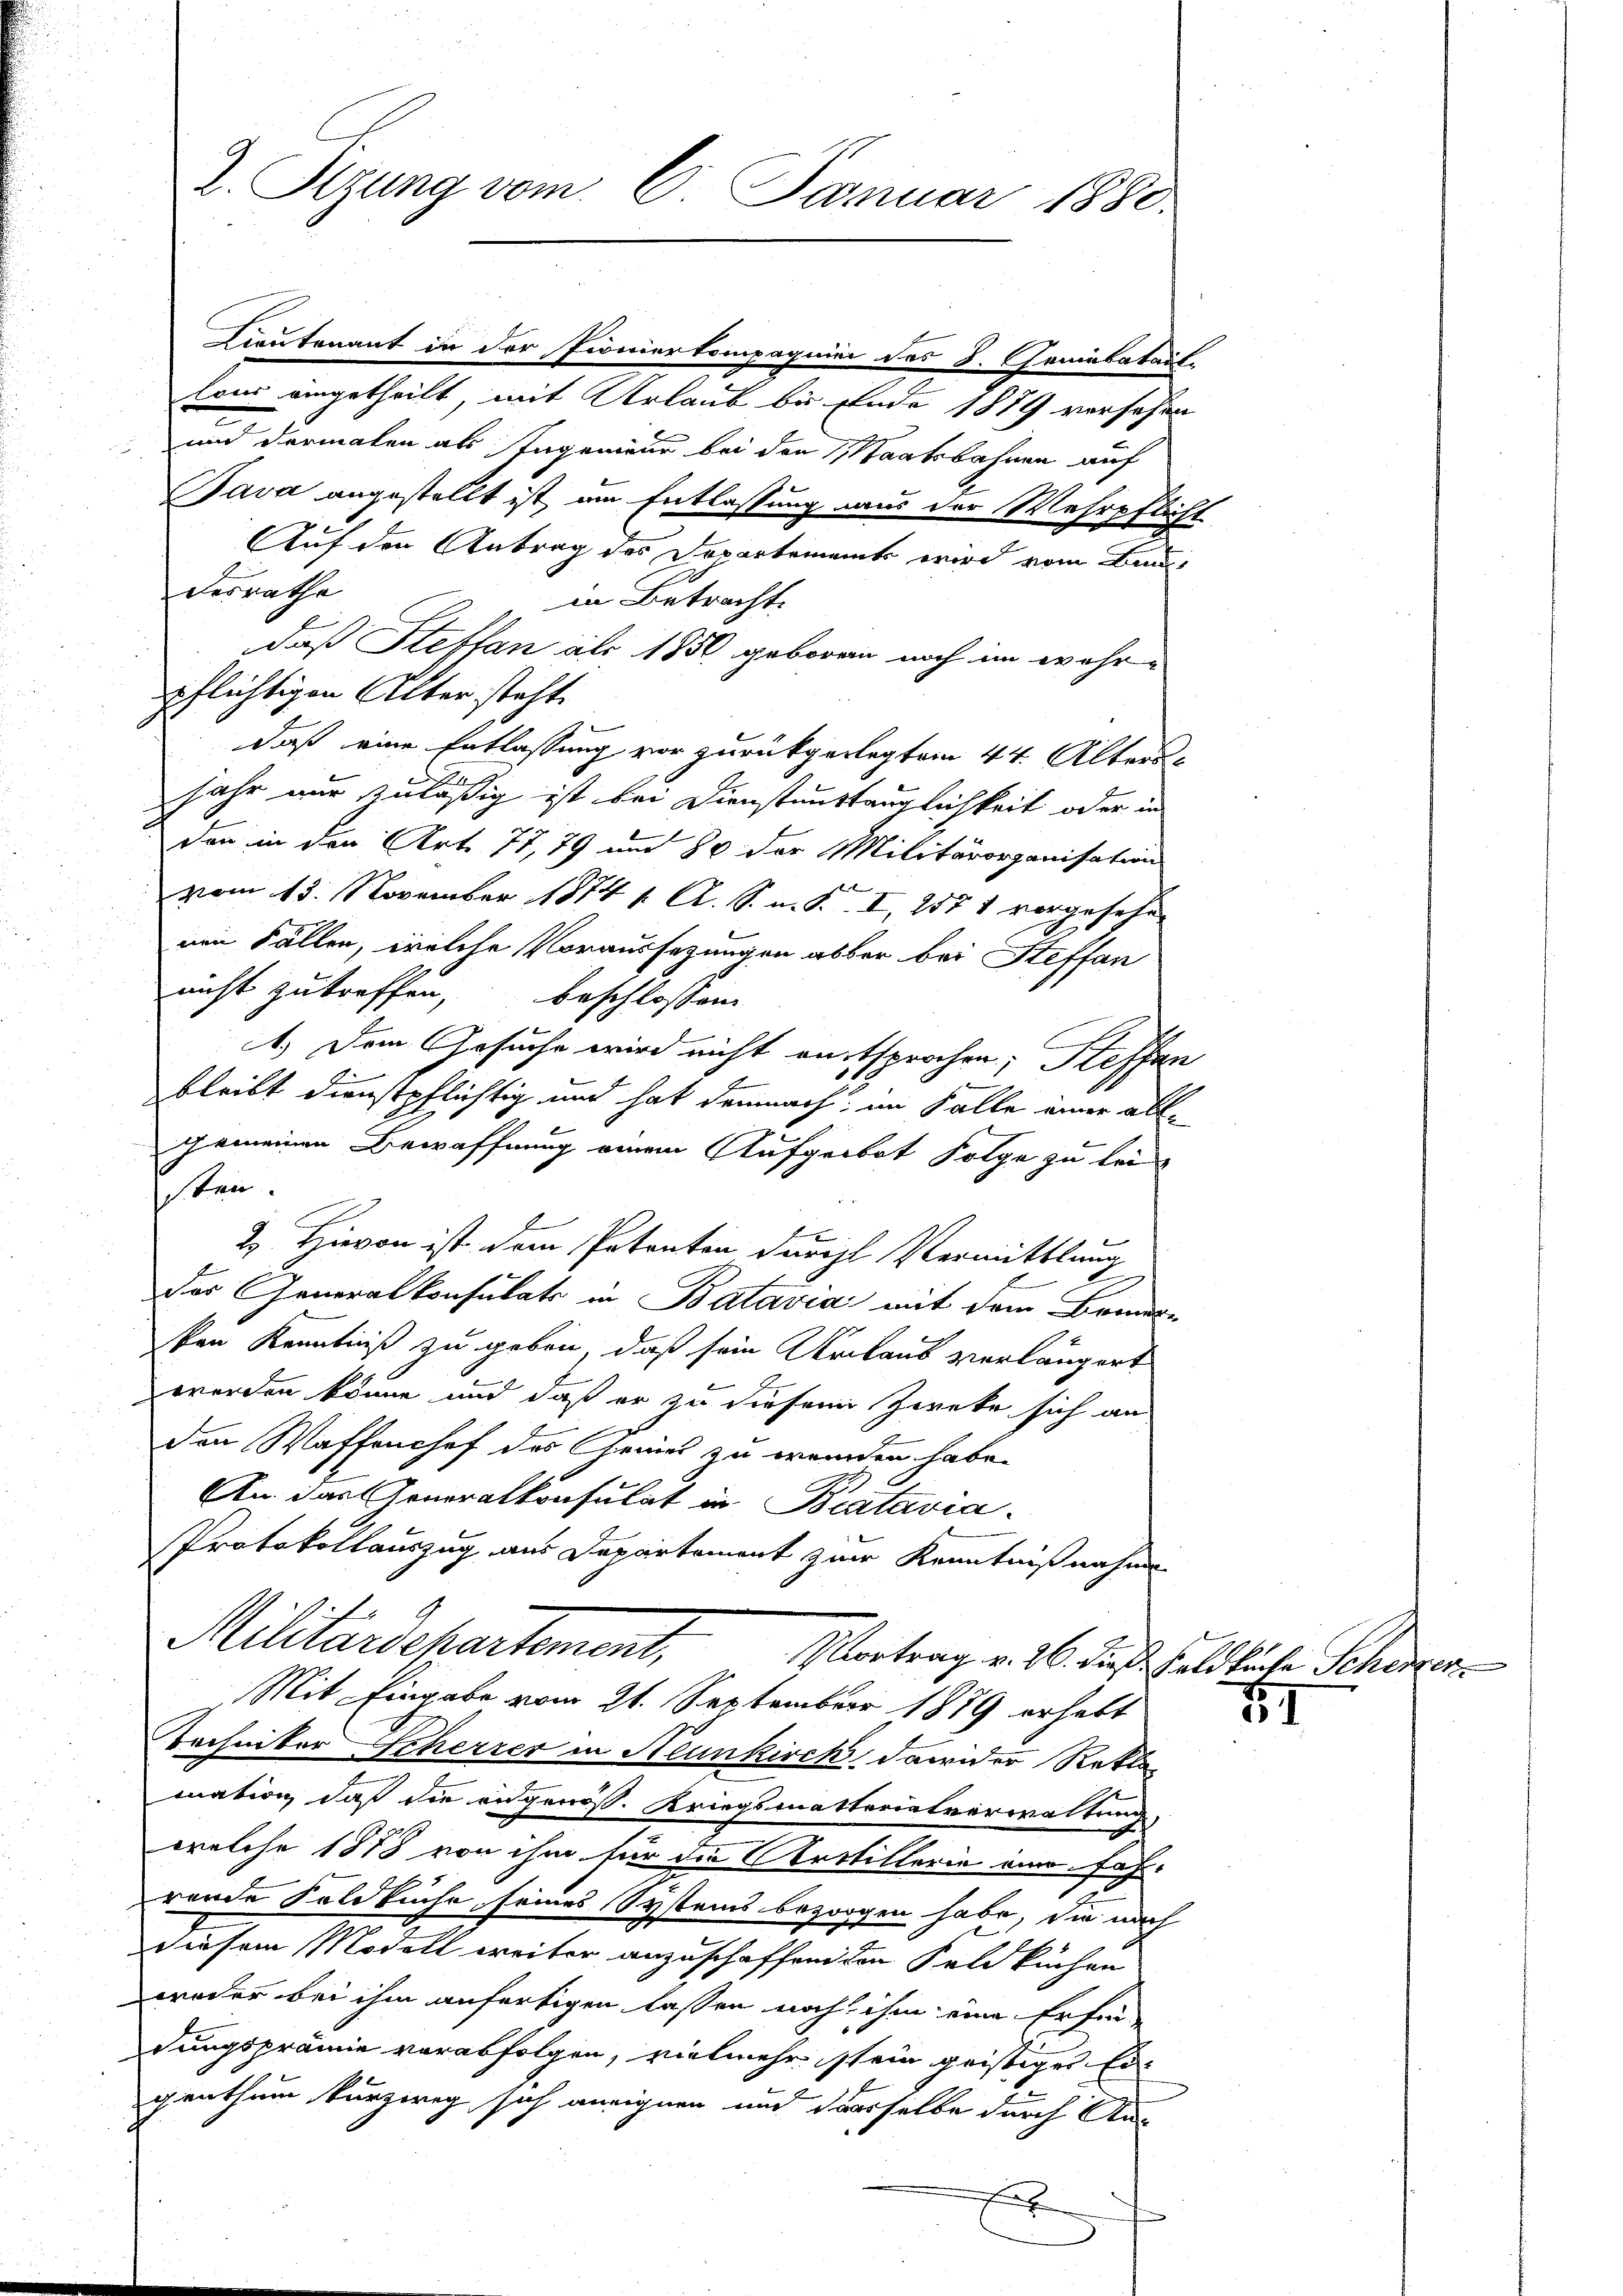
2. Sizung vom 6. Januar 1880.

Lieutenant in der Pionierkompagnier des 8. Genebatail-
Eons eingetheilt, mit Urlaub bis Ende 1879 versehen
und dermalen als Ingenieur bei den Staatsbahnen auf
Java angestellt ist, am Entlassung aus der Wehrpflicht
Auf den Antrag des Departement wird vom Bau
cerrathe
in Betracht.
2
daß Steffan als 1850 geboren noch im wahrpflichtigen Alter steht.
daß eine Entlassung vor zurückgerlegtem 44. Altersjahr nur zuläßig ist bei Dienstenstänglichkeit oder in
den in den Art. 77, 79 und 80 der Militärorganisation
f
vom 15. November 1874 1. A. S. m. S. I, 1571 vorgesehen
nen Fällen, welche Voraussezungen aber bei Steffan
nicht zutreffen, beschlossen
1.) Dem Gesuche wird nicht entsprochen; Steffen
bleibt dienstpflichtig und hat demnach, im Falle einer all-
gemeinen Bewaffnung einem Aufgerbot Folge zu lei
sten.
2. Hievon ist dem Patenten durchl Vermittlung
der Generalkonsulats in Batavia mit dem Brunn-
ken Kenntniß zu geben, daß sein Urlaub verlängert
werden könne und daß er zu diesem Zweke sich an
den Waffenshof des Gewies zu werden habe.
An das Generalkonsulat in Batavia
Protokollauszug aus Departement zur Kenntnißnahme
Militärdepartement,
Vortrag v. 26. dieß Feldkirte Schenzen.
Mit Eingabe vom 21. September 1889 erhebt
Techniker Scherrer in Neunkirch, dawider Rekla
mation daß die angewös. Kriegsmatterialverwaltung
welche 1878 von ihm für die Artillerie einfahrende Feldkuche, seines Systems bezogen habe, die nach
diesem Modell weiter anzuschaffend den Feldkuchen
weder bei ihm anfertigen lassen noch ihm eine Erfindungsprämie verabfolgen, vielmehr stein geistiges Ergenthum kurzweg sich aneignen und dasselbe durch An-
f

51